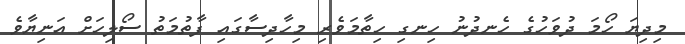
މިިދިޔަ ހޯމަ ދުވަހުގެ ހެނދުނު ހިނގި ހިތާމަވެރި މިހާދިސާގައި ފާތުމަތު ސޯލިހަށް އަނިޔާވެ